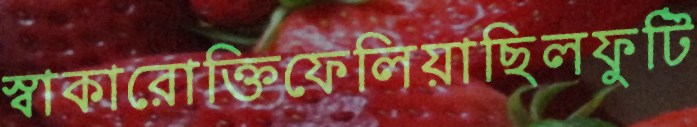
স্বাকারোক্তিফেলিয়াছিলফুটি